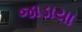
જાડાયા